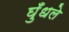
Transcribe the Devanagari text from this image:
घुँधले